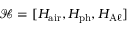
\mathcal { H } = [ H _ { \mathrm { a i r } } , H _ { \mathrm { p h } } , H _ { \mathrm { A } \ell } ]